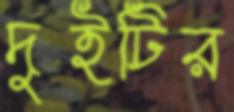
দুইটির